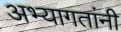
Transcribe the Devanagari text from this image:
अभ्यागतांनी